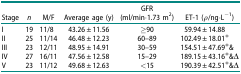
<table><thead><tr><td><b>Stage</b></td><td><b><i>n</i></b></td><td><b>M/F</b></td><td><b>Average age (y)</b></td><td><b>GFR (ml/min·1.73 m<sup>2</sup>)</b></td><td><b>ET-1 (<i>ρ</i>/ng·L<sup>−1</sup>)</b></td></tr></thead><tbody><tr><td>I</td><td>19</td><td>11/8</td><td>43.26 ± 11.56</td><td>≥90</td><td>59.94 ± 14.88</td></tr><tr><td>II</td><td>25</td><td>11/14</td><td>46.48 ± 12.23</td><td>60–89</td><td>102.49 ± 18.01*</td></tr><tr><td>III</td><td>23</td><td>12/11</td><td>48.95 ± 14.91</td><td>30–59</td><td>154.51 ± 47.69*&amp;</td></tr><tr><td>IV</td><td>27</td><td>16/11</td><td>47.56 ± 12.58</td><td>15–29</td><td>189.15 ± 43.16*&amp;Δ</td></tr><tr><td>V</td><td>23</td><td>11/12</td><td>49.68 ± 12.63</td><td>&lt;15</td><td>190.39 ± 42.51*&amp;Δ</td></tr></tbody></table>